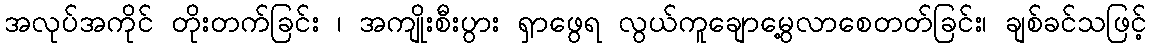
အလုပ်အကိုင် တိုးတက်ခြင်း ၊ အကျိုးစီးပွား ရှာဖွေရ လွယ်ကူချောမွေ့လာစေတတ်ခြင်း၊ ချစ်ခင်သဖြင့်